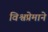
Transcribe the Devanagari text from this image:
विश्वप्रेमाने